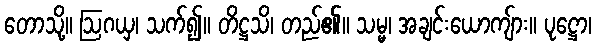
တောသို့။ ဩဂယှ၊ သက်၍။ တိဋ္ဌသိ၊ တည်၏။ သမ္မ၊ အချင်းယောကျ်ား။ ပုဋ္ဌော၊